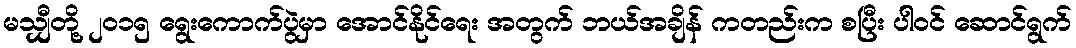
မသျှီတို့ ၂၀၁၅ ရွေးကောက်ပွဲမှာ အောင်နိုင်ရေး အတွက် ဘယ်အချိန် ကတည်းက စပြီး ပါဝင် ဆောင်ရွက်